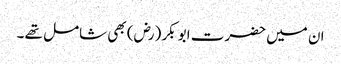
ان میں حضرت ابو بکر (رض) بھی شامل تھے ۔